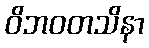
ဝိဘဝတသိနာ